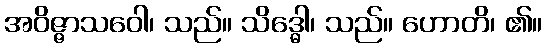
အဝိဇ္ဇာသဝေါ၊ သည်။ သိဒ္ဓေါ၊ သည်။ ဟောတိ၊ ၏။